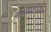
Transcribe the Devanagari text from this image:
देशांदरम्यानच्या